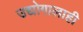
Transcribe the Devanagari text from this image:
उद्योगालाही